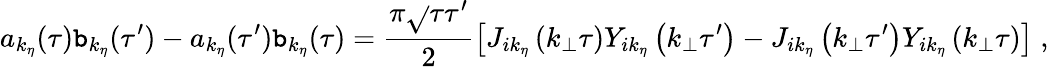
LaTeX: a_{k_{\eta}}(\tau)\mathtt{b}_{k_{\eta}}(\tau^{\prime})-a_{k_{\eta}}(\tau^{\prime})\mathtt{b}_{k_{\eta}}(\tau)=\frac{{\pi\sqrt{}{{\tau\tau^{\prime}}}}}{{2}}\left[J_{ik_{\eta}}\left(k_{\bot}\tau\right)Y_{ik_{\eta}}\left(k_{\bot}\tau^{\prime}\right)-J_{ik_{\eta}}\left(k_{\bot}\tau^{\prime}\right)Y_{ik_{\eta}}\left(k_{\bot}\tau\right)\right]\; ,